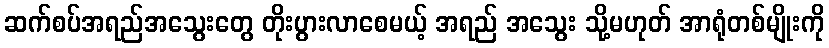
ဆက်စပ်အရည်အသွေးတွေ တိုးပွားလာစေမယ့် အရည် အသွေး သို့မဟုတ် အာရုံတစ်မျိုးကို